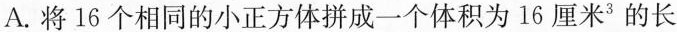
A.将16个相同的小正方体拼成一个体积为16厘米^{3}的长